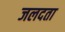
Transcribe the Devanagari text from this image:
जलदता